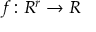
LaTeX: f \colon R ^ { r } \to R